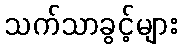
သက်သာခွင့်များ